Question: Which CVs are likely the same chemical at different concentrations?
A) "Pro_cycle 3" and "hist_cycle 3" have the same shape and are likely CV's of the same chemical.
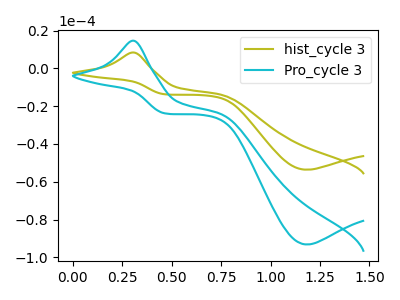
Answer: <think>The olive curve "hist_cycle 3" has an anodic peak at (0.30V, 8.45uA) and a cathodic peak at (1.20V, -53.60uA). The cyan curve "Pro_cycle 3" has an anodic peak at (0.30V, 14.70uA) and a cathodic peak at (1.20V, -93.20uA).
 All the peaks in "hist_cycle 3" have a peak in "Pro_cycle 3" at the same potential. Every peak in "hist_cycle 3" is lower than every peak in "Pro_cycle 3".</think>
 <answer>A) "Pro_cycle 3" and "hist_cycle 3" have the same shape and are likely CV's of the same chemical.</answer>
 <eval>A</eval>